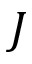
J